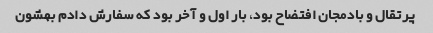
پرتقال و بادمجان افتضاح بود، بار اول و آخر بود که سفارش دادم بهشون